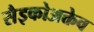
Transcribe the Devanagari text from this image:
सैइकोअक्तेव